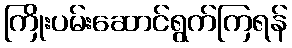
ကြိုးပမ်းဆောင်ရွက်ကြရန်